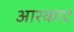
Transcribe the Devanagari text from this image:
आरकाट